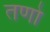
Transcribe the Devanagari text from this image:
तणो